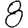
Digit: 8